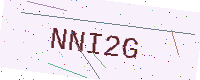
Text: NNI2G